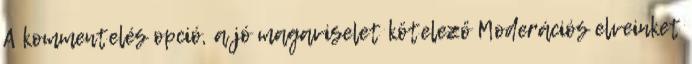
A kommentelés opció, a jó magaviselet kötelező Moderációs elveinket